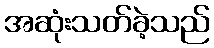
အဆုံးသတ်ခဲ့သည်